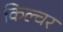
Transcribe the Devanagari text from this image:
किल्चर